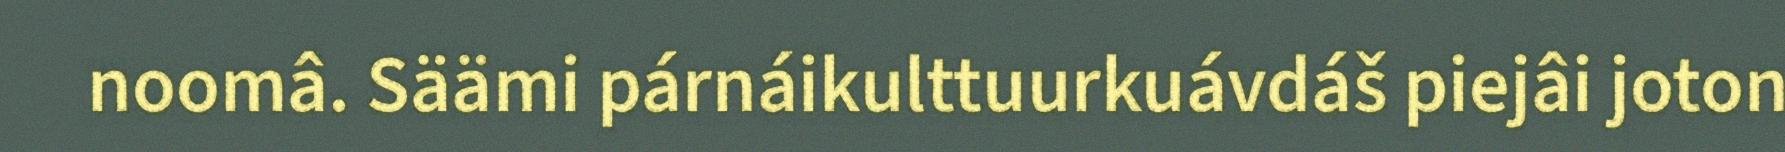
noomâ. Säämi párnáikulttuurkuávdáš piejâi joton